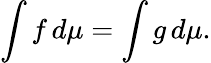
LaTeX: \int f\, d\mu=\int g\, d\mu.